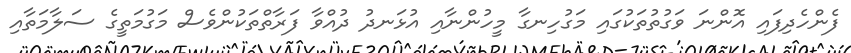
ފެންހެދިފައި އޮންނަ ވަގުތުތަކުގައި މަގުހިނގާ މީހުންނާއި އުޅަނދު ދުއްވާ ފަރާތްތަކުންވެސް މަގުމަތީގެ ސަލާމަތާއި